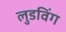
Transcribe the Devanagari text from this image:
लुडविंग